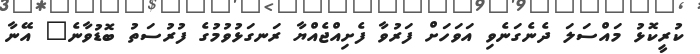
ކުރީކޮޅު މައްސަލަ ދެނެގަނެވި އަވަހަށް ފަރުވާ ފެށިއްޖެއްޔާ ރަނގަޅުވުމުގެ ފުރުސަތު ބޮޑުވާނެ" އޭނާ